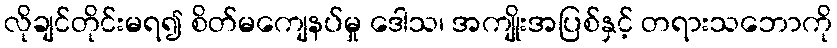
လိုချင်တိုင်းမရ၍ စိတ်မကျေနပ်မှု ဒေါသ၊ အကျိုးအပြစ်နှင့် တရားသဘောကို